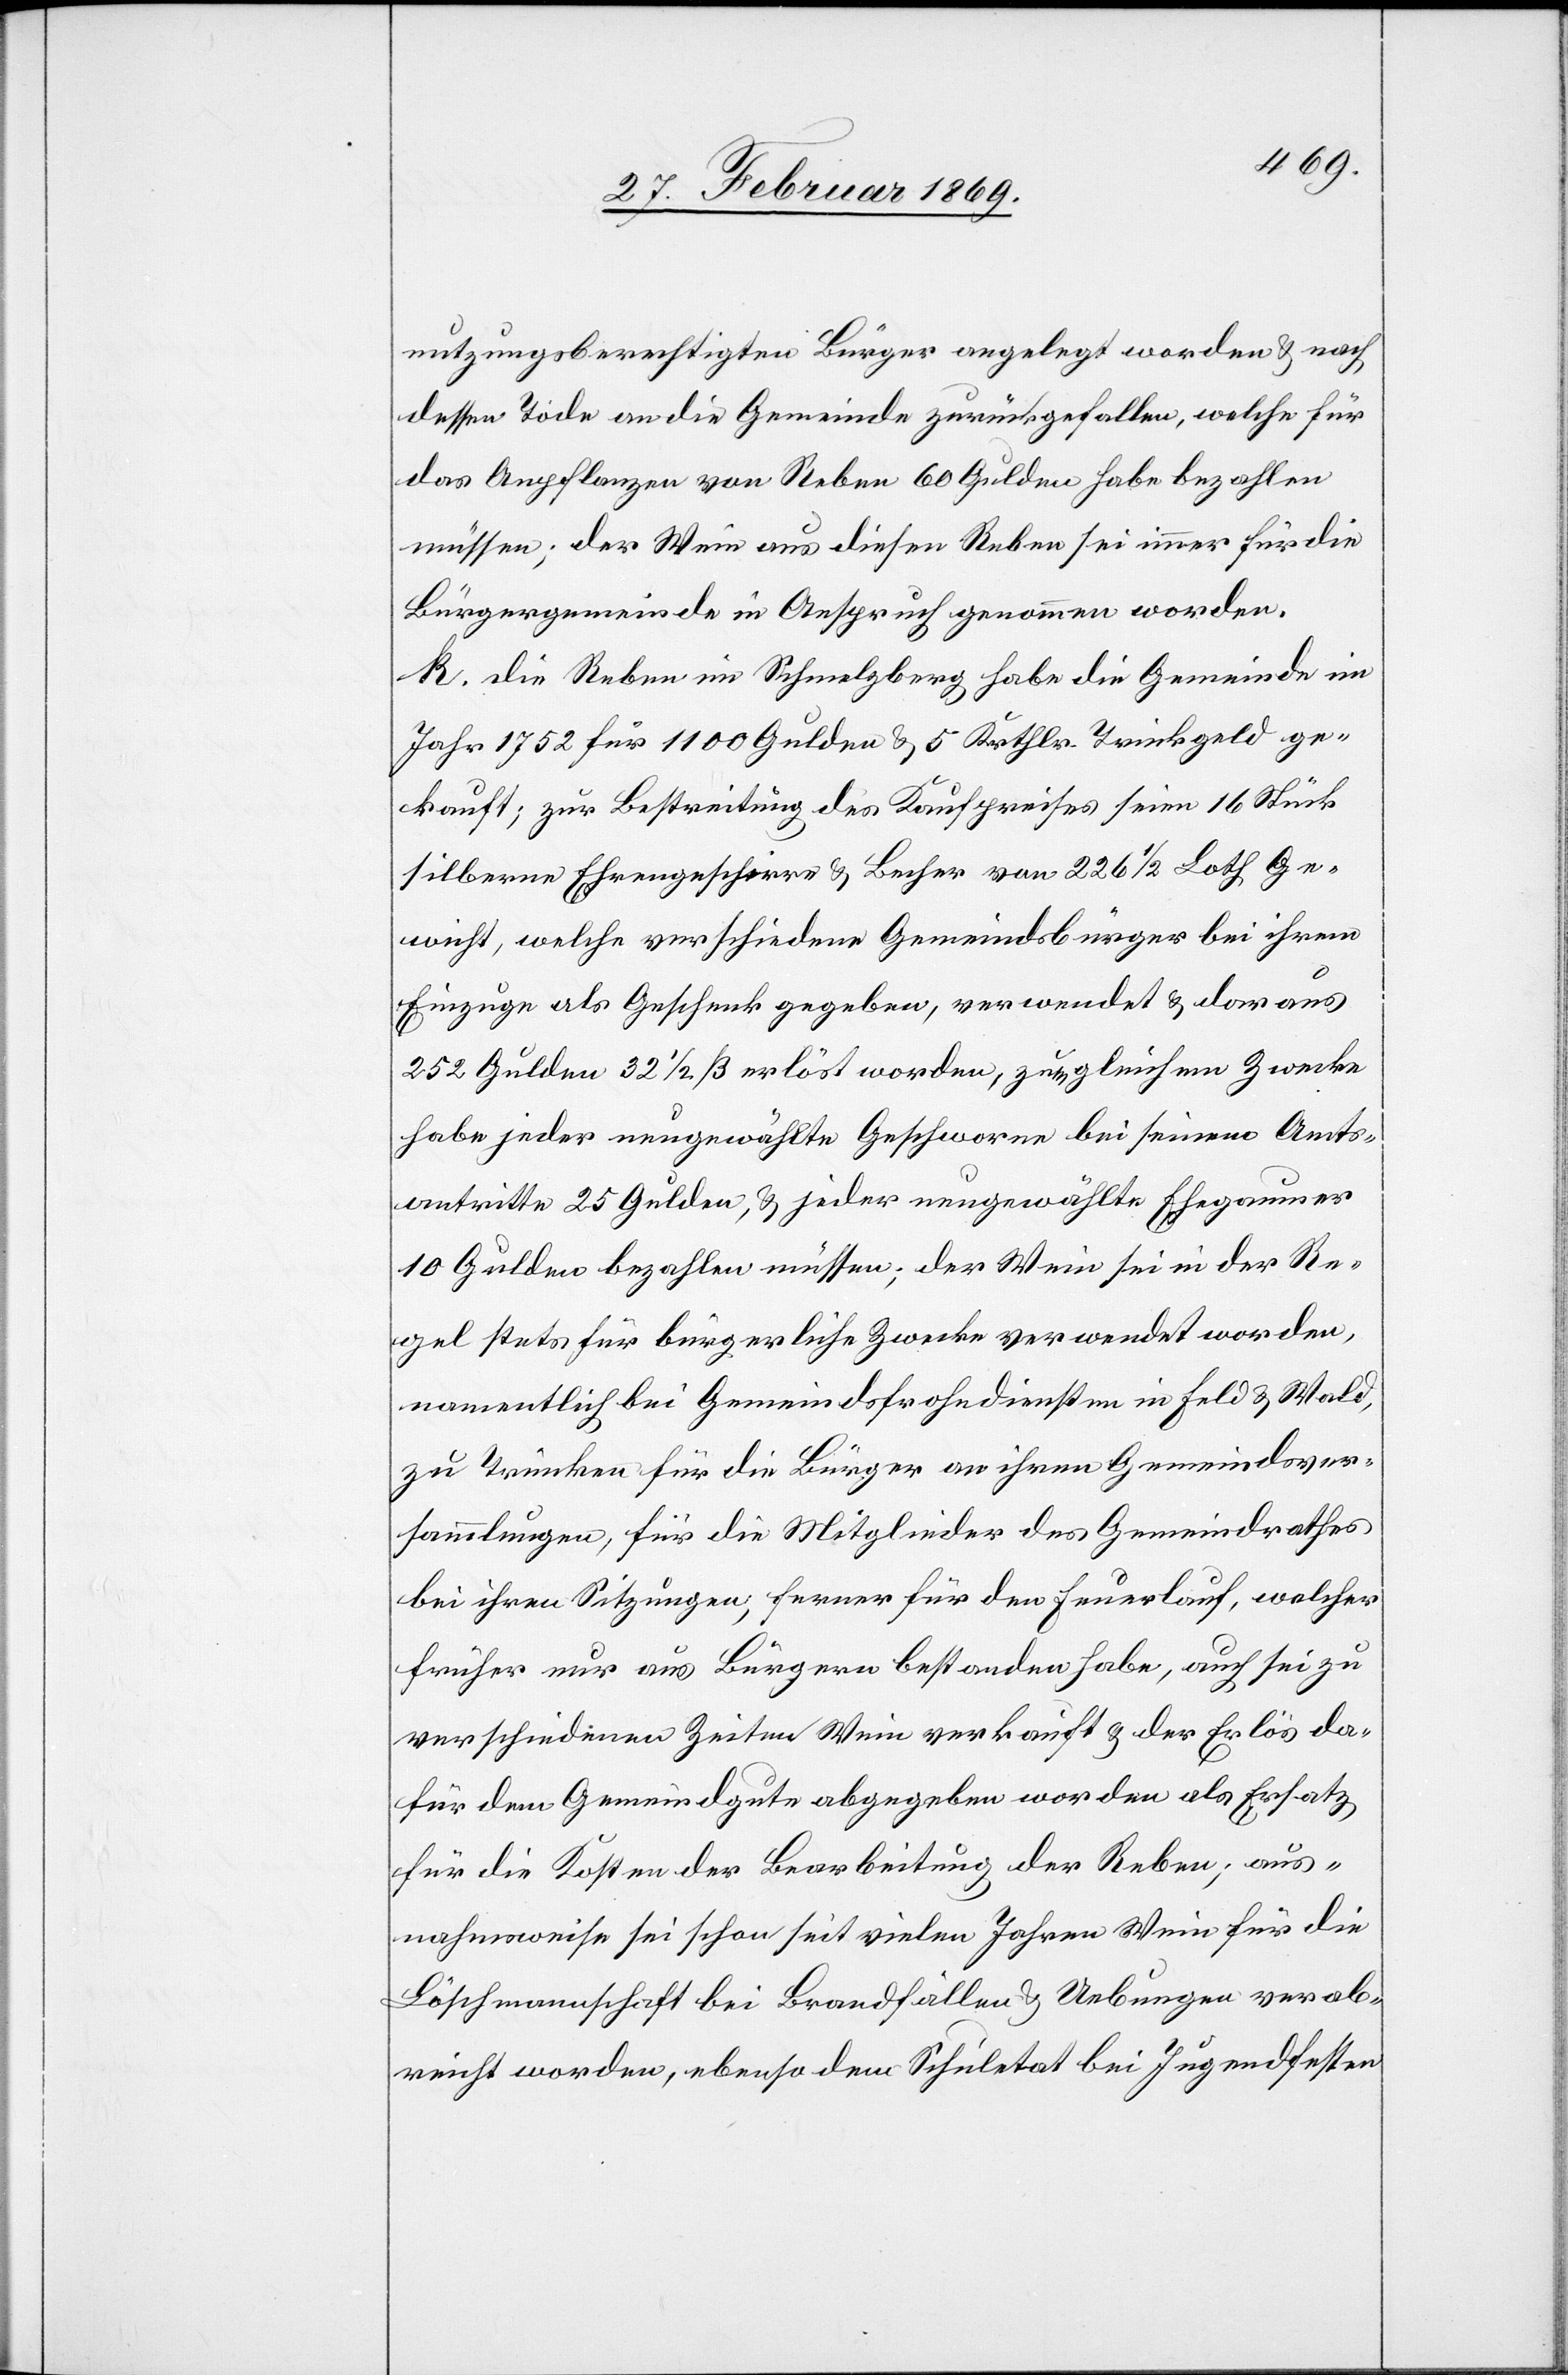
nutzungsberechtigten Bürger angelegt worden & nach
dessen Tode an die Gemeinde zurückgefallen, welche für
das Anpflanzen von Reben 60 Gulden habe bezahlen
müssen; der Wein aus diesen Reben sei immer für die
Bürgergemeinde in Anspruch genommen worden.
k. Die Reben im Schmelzberg habe die Gemeinde im
Jahr 1752 für 1100 Gulden & 5 Krthlr. Trinkgeld ge¬
kauft; zur Bestreitung des Kaufpreises seien 16 Stück
silberne Ehrengeschirre & Becher von 226 1/2 Loth Ge¬
wicht, welche verschiedene Gemeindsbürger bei ihrem
tz
Einzuge als Geschenk gegeben, verwendet & daraus
252 Gulden 32 1/3 erlöst worden, zu gleichem Zwecke
habe jeder neugewählte Geschworene bei seinem Amts¬
antritte 25 Gulden, & jeder neugewählte Ehegaumer
10 Gulden bezahlen müssen; der Wein sei mit der Re¬
gel stets für bürgerliche Zwecke verwendet worden,
namentlich bei Gemeindsfrohndiensten in Feld & Wald,
zu Trunken für die Bürger an ihrem Gemeindsver¬
sammlungen, für die Mitglieder des Gemeindrathes
bei ihren Sitzungen, ferner für den Feuerlauf, welcher
früher nur aus Bürgern bestanden habe, auch sei zu
verschiedenen Zeiten Wein verkauft worden als Ersa¬
für die Kosten der Bearbeitung der Reben, aus¬
nahmsweise sei schon seit vielen Jahren Wein für die
Löschmannschaft bei Brandfällen & Uebungen verab¬
reicht worden, ebenso dem Schuletat bei Jugendfesten